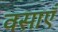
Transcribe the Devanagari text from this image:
वसाएँ